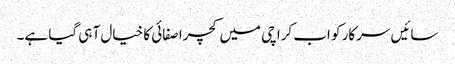
سائیں سرکار کو اب کراچی میں کچرا صفائی کا خیال آ ہی گیا ہے۔